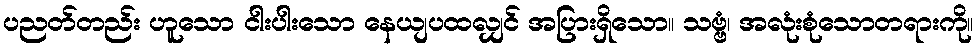
ပညတ်တည်း ဟူသော ငါးပါးသော နေယျပထလျှင် အပြားရှိသော။ သဗ္ဗံ၊ အလုံးစုံသောတရားကို။